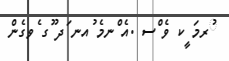
ުރމަ ީކ ވެ ްސ .އެ ްނމެ ުއނ ަދ ޫގ ެވގެން